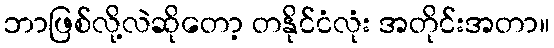
ဘာဖြစ်လို့လဲဆိုတော့ တနိုင်ငံလုံး အတိုင်းအတာ။